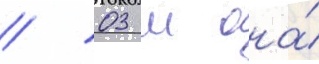
/ 03 м она́